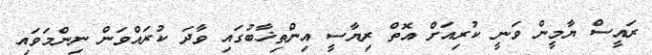
ރައީސް ޔާމީން ވަނީ ކުރިއަށް އޮތް ރިޔާސީ އިންތިޚާބުގައި ވާދަ ކުރައްވަން ނިންމަވައި